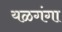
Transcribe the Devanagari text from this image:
यळगंगा